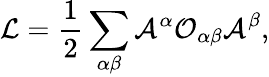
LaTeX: {\cal L}=\frac{1}{2}\sum_{\alpha\beta}{\cal A}^{\alpha}{\cal O}_{\alpha\beta}{\cal A}^{\beta},